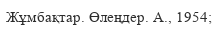
Жұмбақтар. Өлеңдер. А., 1954;